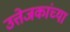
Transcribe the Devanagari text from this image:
उत्तेजकांच्या